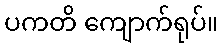
ပကတိ ကျောက်ရုပ်။